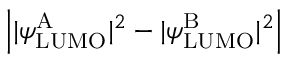
\left| | \psi _ { \mathrm { L U M O } } ^ { \mathrm { A } } | ^ { 2 } - | \psi _ { \mathrm { L U M O } } ^ { \mathrm { B } } | ^ { 2 } \right|